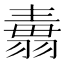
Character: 𦑢